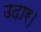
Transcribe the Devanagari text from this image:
उदार।